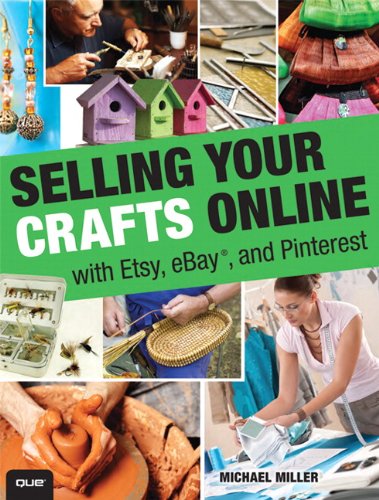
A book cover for Selling Your Crafts Online: With Etsy, eBay, and Pinterest; Michael Miller; Computers & Technology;